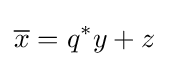
{\overline {x}}=q^{*}y+z